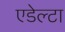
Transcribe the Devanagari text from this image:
एडेल्टा